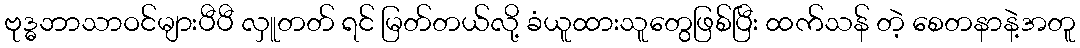
ဗုဒ္ဓဘာသာဝင်များပီပီ လှူတတ် ရင် မြတ်တယ်လို့ ခံယူထားသူတွေဖြစ်ပြီး ထက်သန် တဲ့ စေတနာနဲ့အတူ